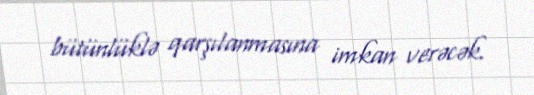
bütünlüklə qarşılanmasına imkan verəcək.